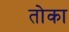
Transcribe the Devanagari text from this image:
तोका